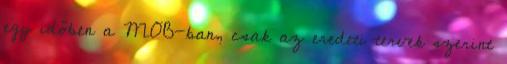
egy időben a MOB-ban, csak az eredeti tervek szerint